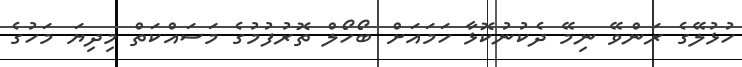
ހުޅުލޭގެ ރަންވޭ ނިމޭ ދެކުނުކޮޅާ ހަމައަށް ބޯހޯލް ތޮރުފުމުގެ މަސައްކަތް މިދިޔަ މަހުގެ